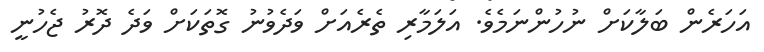
އަހަރެން ބަލާކަށް ނުހުންނަމެވެ. އަލަމާރި ތެރެއަށް ވަދެވުނު ގޮތަކަށް ވަދެ ދޮރު ޖެހުނީ